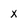
Character: X